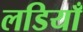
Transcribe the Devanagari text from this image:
लडियाँ